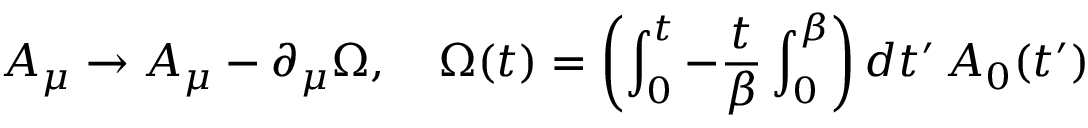
A _ { \mu } \rightarrow A _ { \mu } - \partial _ { \mu } \Omega , \quad \Omega ( t ) = \left( \int _ { 0 } ^ { t } - { \frac { t } { \beta } } \int _ { 0 } ^ { \beta } \right) d t ^ { \prime } \, A _ { 0 } ( t ^ { \prime } )